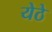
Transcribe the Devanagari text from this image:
येठे